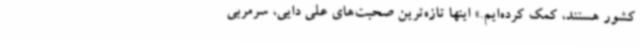
کشور هستند، کمک کرده‌ایم.» اینها تازه‌ترین صحبت‌های علی دایی، سرمربی